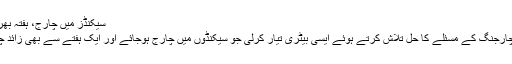
سیکنڈز میں چارج، ہفتہ بھر چلے، اسمارٹ فون کی سپر بیٹری ایجاد ARYNews.tv
نیویارک: سائنس دانوں نے اسمارٹ فونز اور لیپ ٹاپ کی چارجنگ کے مسئلے کا حل تلاش کرتے ہوئے ایسی بیٹری تیار کرلی جو سیکنڈوں میں چارج ہوجائے اور ایک ہفتے سے بھی زائد چلے گی، جسے سپر بیٹری یا سپر کیپیسٹر کا نام دیا گیا ہے۔